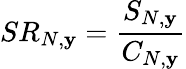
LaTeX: SR_{N,\mathbf{y}}=\frac{{S_{N,\mathbf{y}}}}{{C_{N,\mathbf{y}}}}